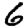
Digit: 6